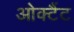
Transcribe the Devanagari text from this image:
ओक्टैंट